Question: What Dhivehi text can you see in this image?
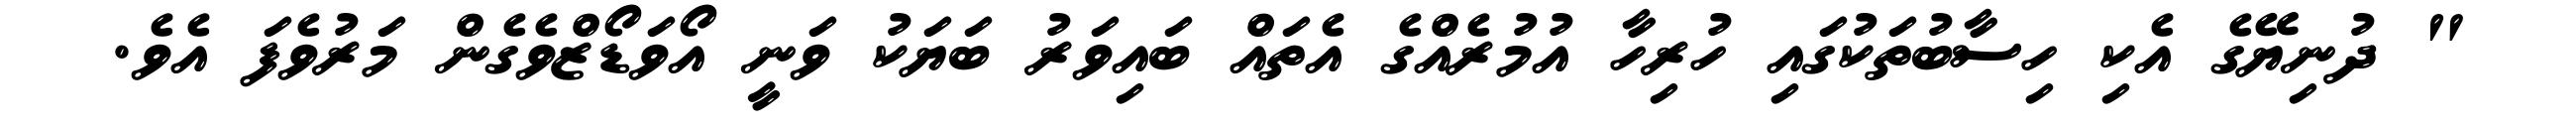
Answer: " ދުނިޔޭގެ އެކި ހިސާބުތަކުގައި ހުރިހާ އުމުރެއްގެ އެތައް ބައިވަރު ބަޔަކު ވަނީ އޯވަޑޯޒްވެގެން މަރުވެފަ އެވެ.